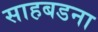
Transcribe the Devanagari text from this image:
साहबडना